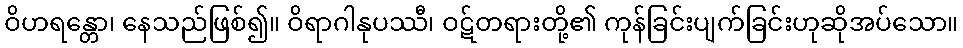
ဝိဟရန္တော၊ နေသည်ဖြစ်၍။ ဝိရာဂါနုပဿီ၊ ဝဋ်တရားတို့၏ ကုန်ခြင်းပျက်ခြင်းဟုဆိုအပ်သော။